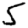
Digit: 5